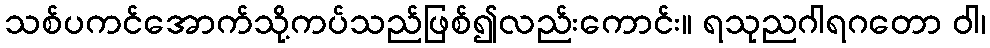
သစ်ပကင်အောက်သို့ကပ်သည်ဖြစ်၍လည်းကောင်း။ ရသုညဂါရဂတော ဝါ၊